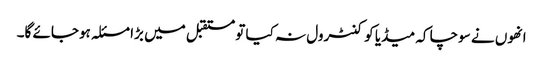
انھوں نے سوچا کہ میڈیا کو کنٹرول نہ کیا تو مستقبل میں بڑا مسئلہ ہوجائے گا۔